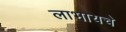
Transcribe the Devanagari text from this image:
लाभायचे